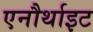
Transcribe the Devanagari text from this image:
एनौर्थाइट